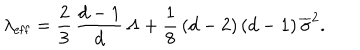
LaTeX: \lambda _ { \mathrm { e f f } } = \frac { 2 } { 3 } \, \frac { d - 1 } { d } \, \Lambda + \frac { 1 } { 8 } \, ( d - 2 ) \, ( d - 1 ) \, \overline { { { \sigma } } } ^ { 2 } .